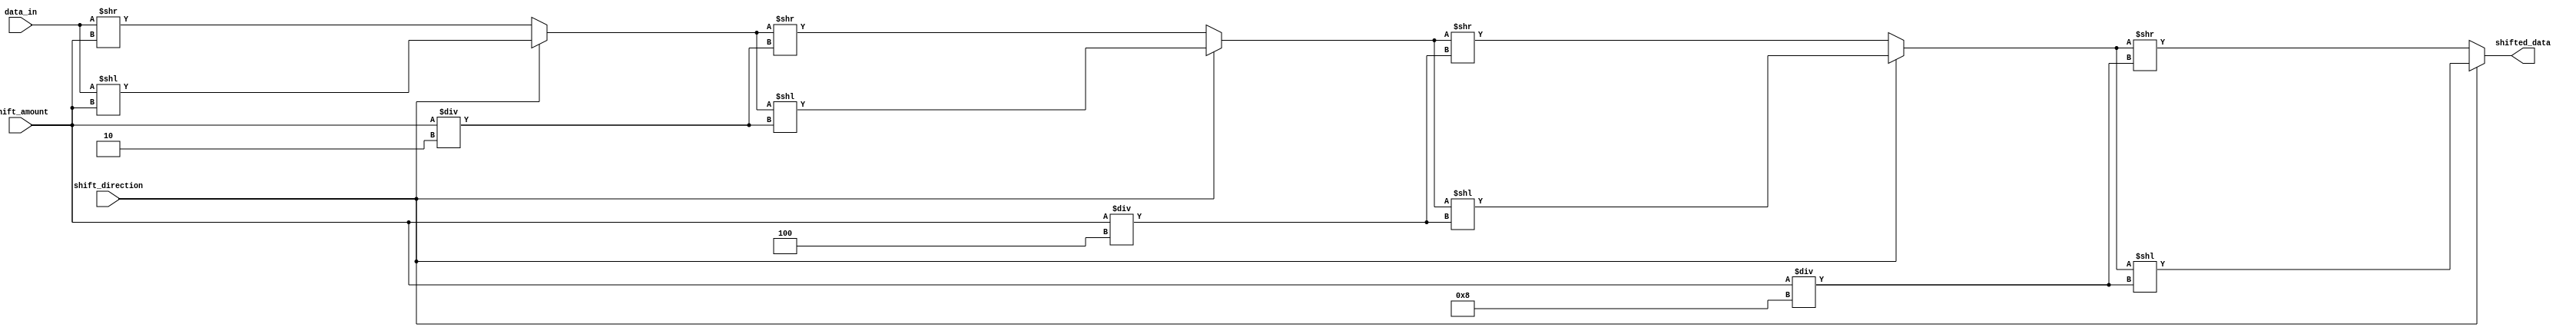
module Barrel_Shifter (
    input wire [31:0] data_in,
    input wire [4:0] shift_amount,
    input wire shift_direction,
    output reg [31:0] shifted_data
);

reg [31:0] input_data [4:0];

assign input_data[0] = data_in;
    
always @(*)
begin
    input_data[1] = (shift_direction) ? input_data[0] << shift_amount : input_data[0] >> shift_amount;
    input_data[2] = (shift_direction) ? input_data[1] << (shift_amount/2) : input_data[1] >> (shift_amount/2);
    input_data[3] = (shift_direction) ? input_data[2] << (shift_amount/4) : input_data[2] >> (shift_amount/4);
    input_data[4] = (shift_direction) ? input_data[3] << (shift_amount/8) : input_data[3] >> (shift_amount/8);
    
end

assign shifted_data = input_data[4];

endmodule